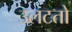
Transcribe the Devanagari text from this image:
उलटतो